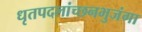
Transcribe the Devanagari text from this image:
धृतपदलांच्छनभुजंगा